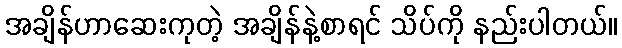
အချိန်ဟာဆေးကုတဲ့ အချိန်နဲ့စာရင် သိပ်ကို နည်းပါတယ်။